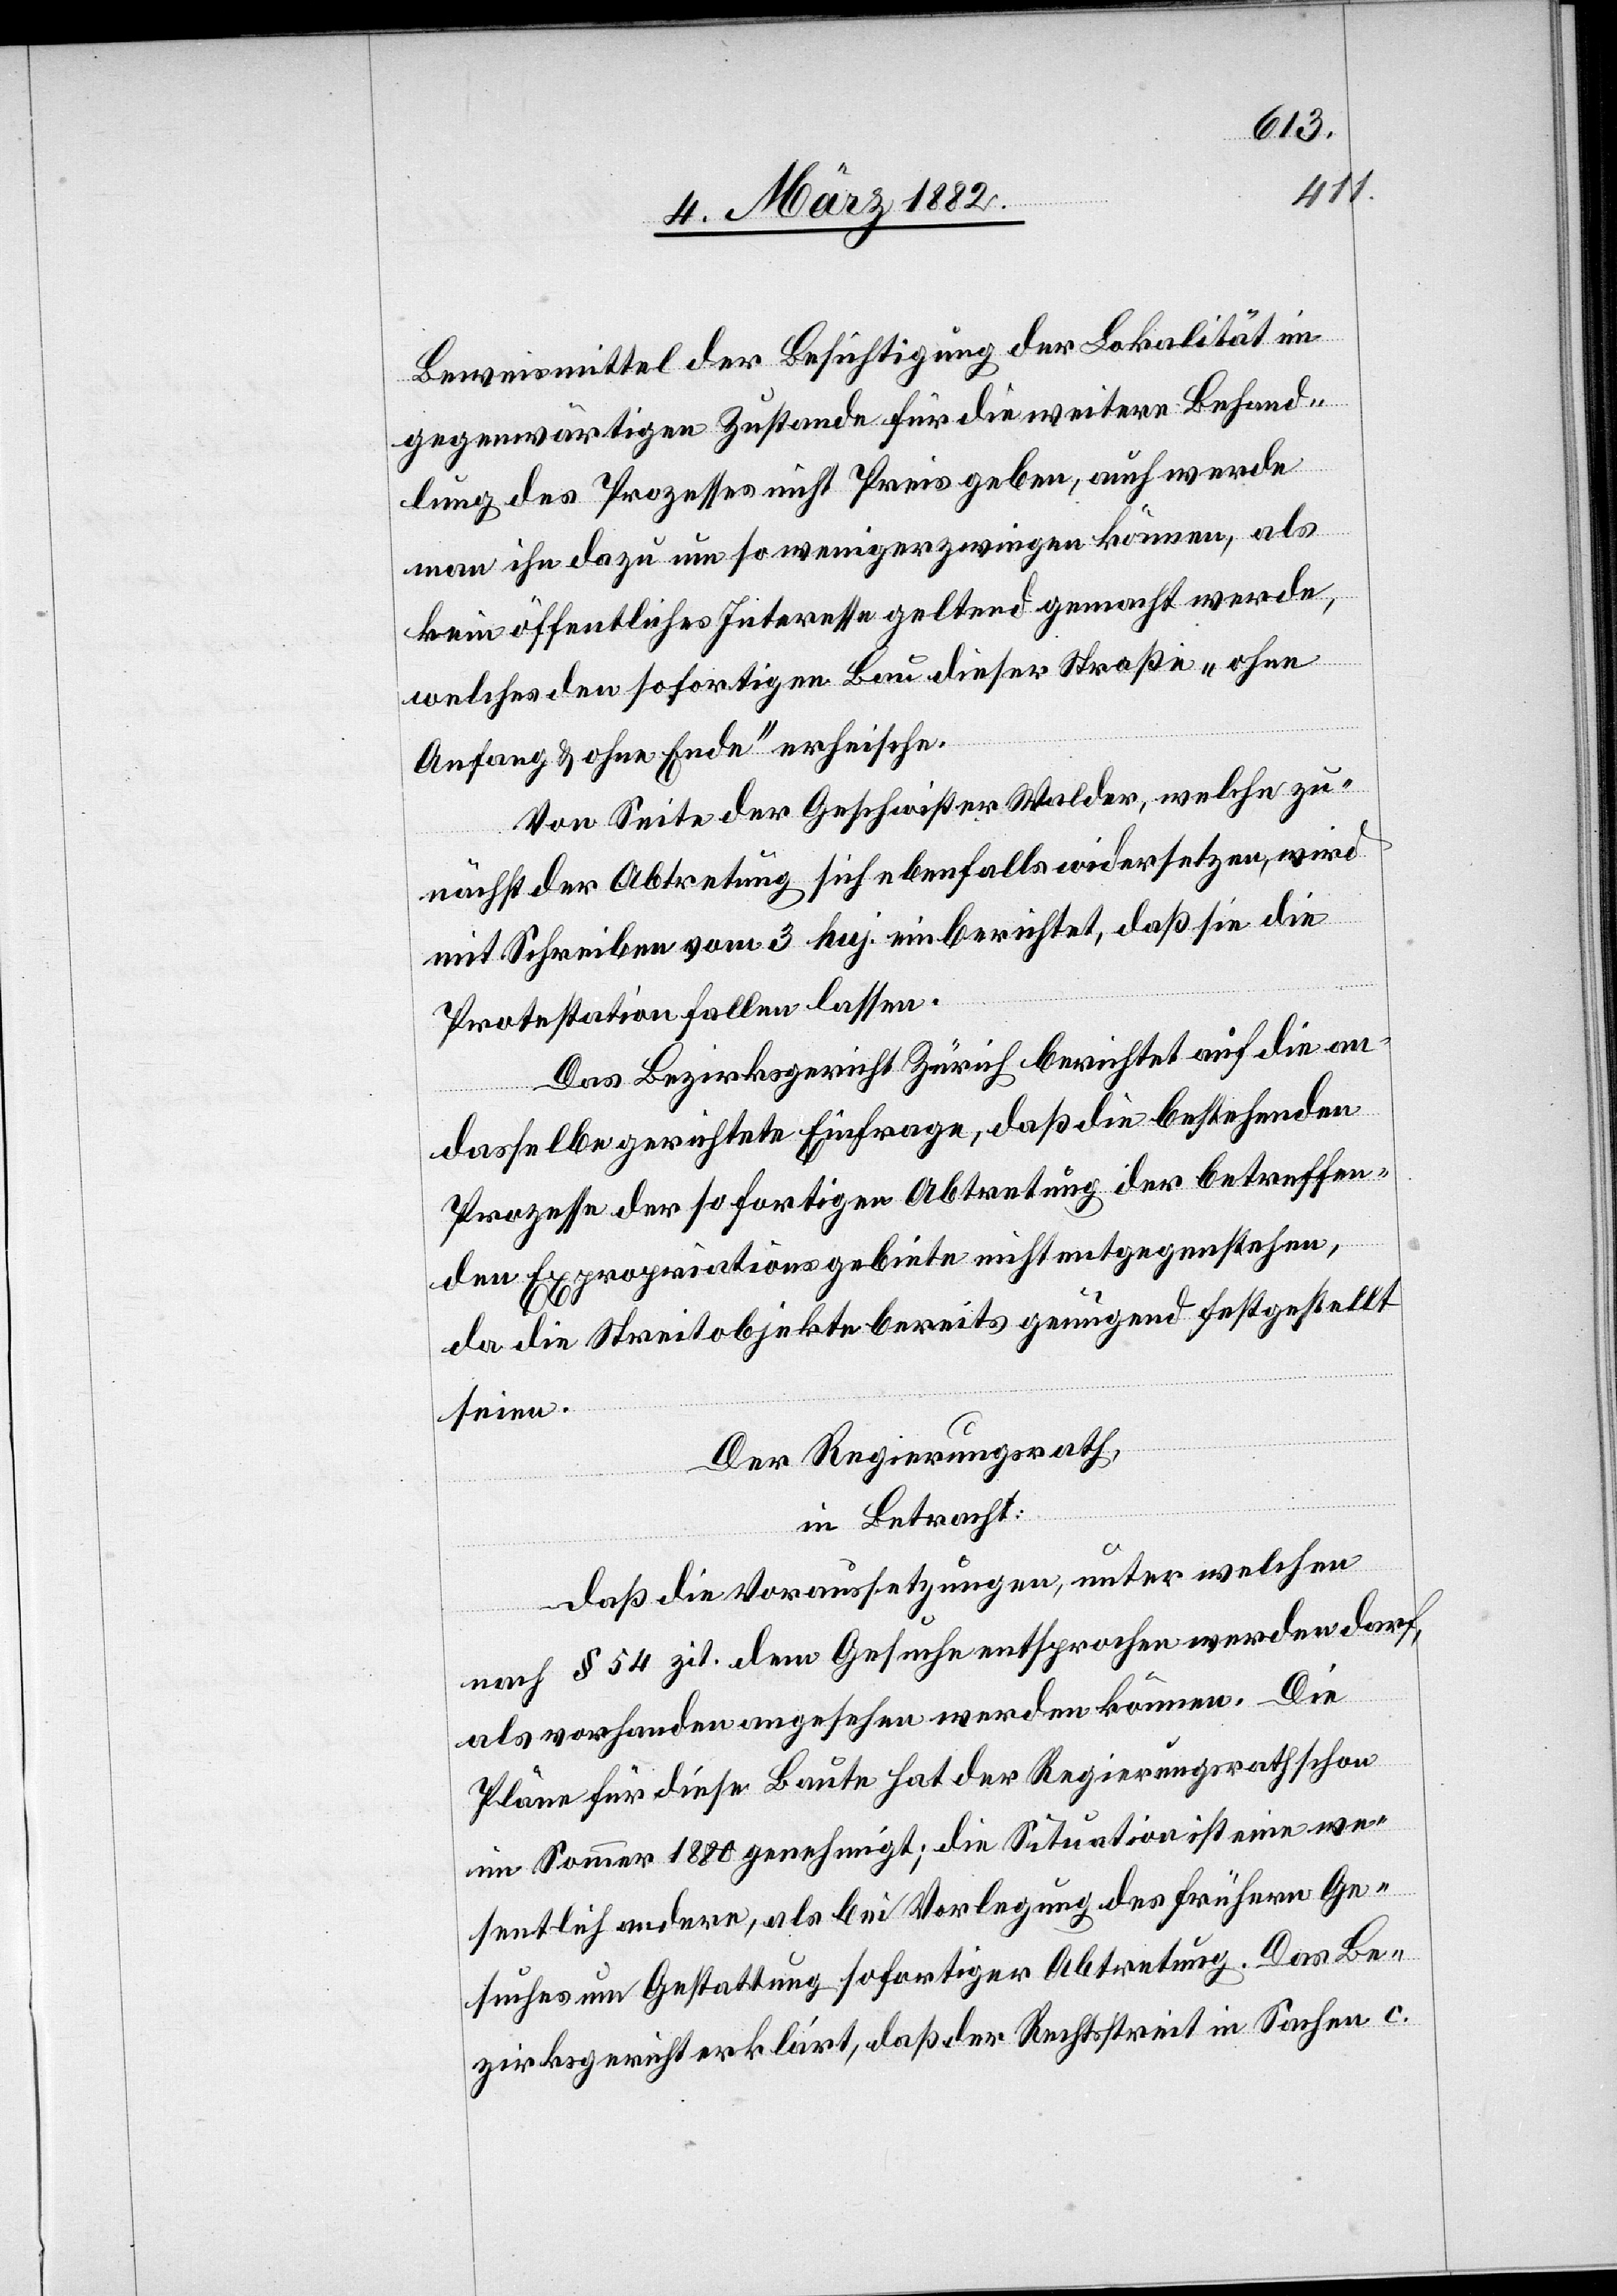
Beweismittel der Besichtigung der Lokalität im
gegenwärtigen Zustande für die weitere Behand¬
lung des Prozesses nicht Preis geben, auch werde
man ihn dazu um so weniger zwingen können, als
kein öffentliches Interesse geltend gemacht werde,
welches den sofortigen Bau dieser Straße „ohne
Anfang & ohne Ende“ erheische.
Von Seiten der Geschwister Walder, welche zu¬
nächst der Abtretung sich ebenfalls widersetzten, wird
mit Schreiben vom 3. huj. einberichtet, daß sie die
Protestation fallen lassen.
Das Bezirksgericht Zürich berichtet auf die an
dasselbe gerichtete Einfrage, daß die bestehenden
Prozesse der sofortigen Abtretung der betreffen¬
den Expropriationsgebiete nicht entgegenstehen,
da die Streitobjekte bereit genügend festgestellt
seien.
Der Regierungsrath,
in Betracht:
daß die Voraussetzungen, unter welchen
nach § 54 zit. dem Gesuche entsprochen werden darf,
als vorhanden angesehen werden können. Die
Pläne für diese Baute hat der Regierungsrath schon
im Sommer 1880 genehmigt; die Situation ist eine we¬
sentlich andere, als bei Vorlegung des frühern Ge¬
suches um Gestattung sofortiger Abtretung. Das Be¬
zirksgericht erklärt, daß der Rechtsstreit in Sachen c.